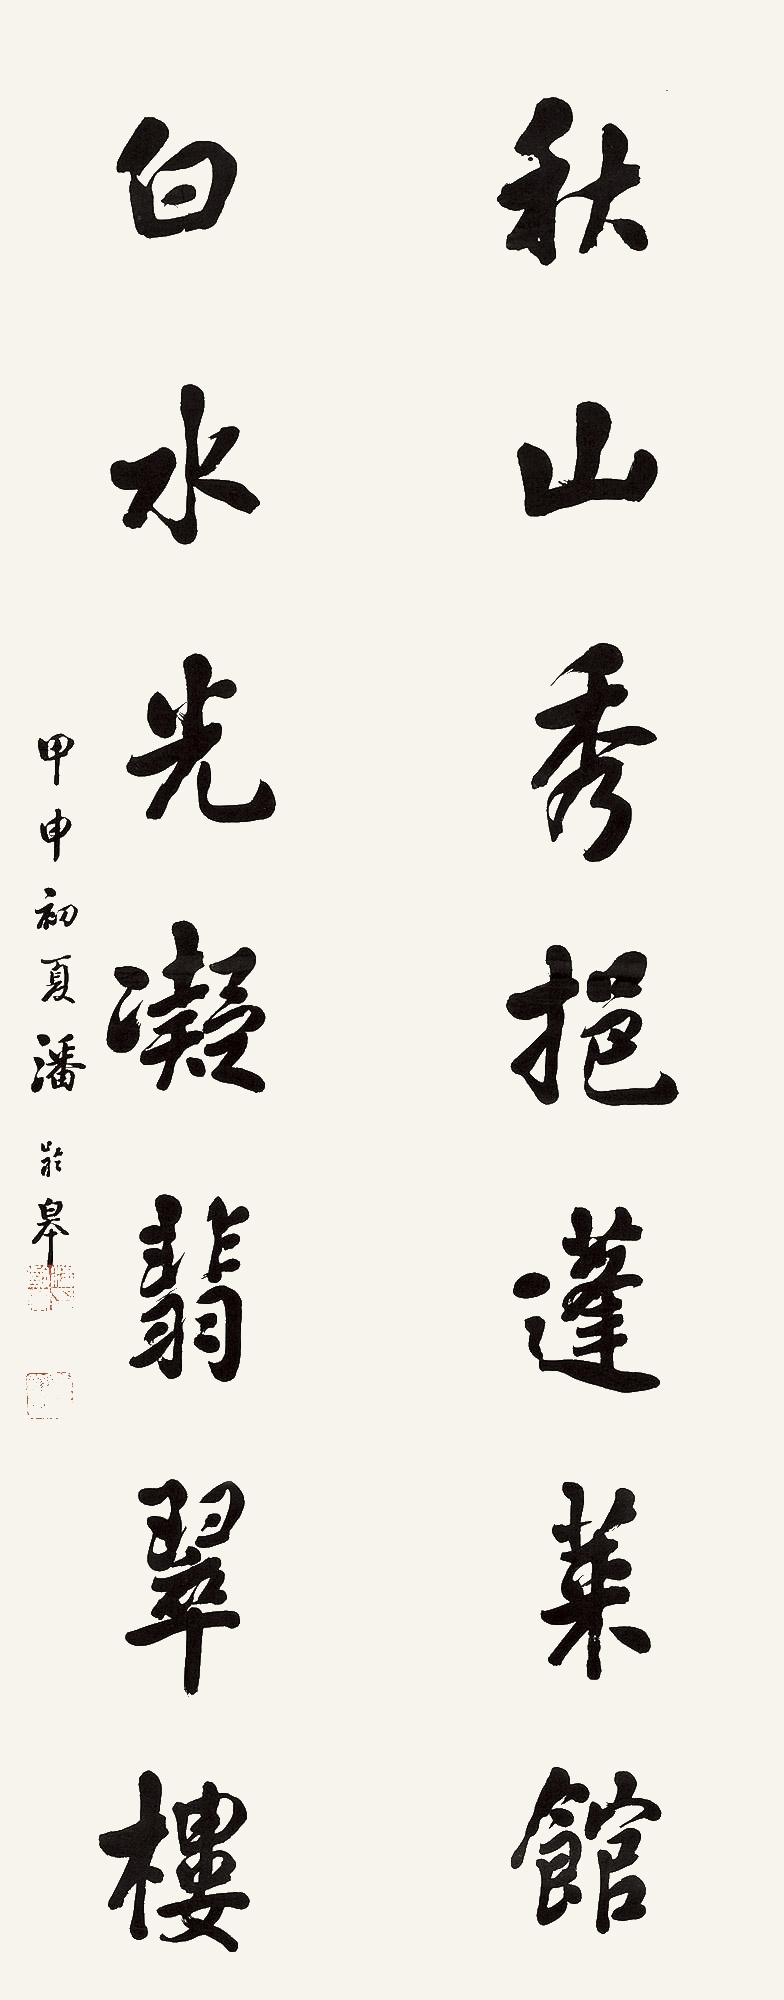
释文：秋山秀挹蓬莱馆，白水光凝翡翠楼。甲申初夏潘龄皋。